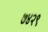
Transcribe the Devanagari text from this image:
७४२९